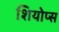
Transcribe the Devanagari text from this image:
शियोप्‍स